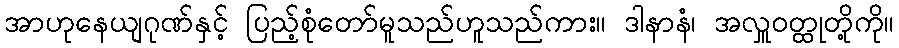
အာဟုနေယျဂုဏ်နှင့် ပြည့်စုံတော်မူသည်ဟူသည်ကား။ ဒါနာနံ၊ အလှူဝတ္ထုတို့ကို။